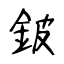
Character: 鈹